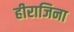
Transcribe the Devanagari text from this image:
हीराजिना